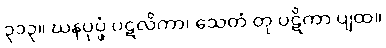
၃၁၃။ ဃနပုပ္ဖံ ပဋလိကာ၊ သေတံ တု ပဋိကာ ပျထ။